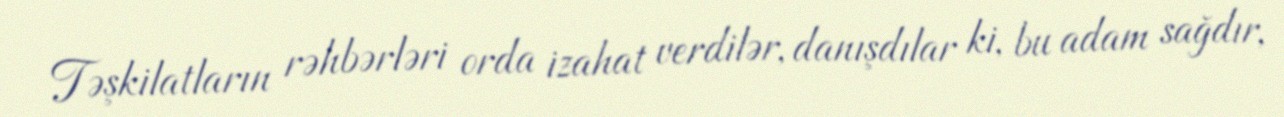
Təşkilatların rəhbərləri orda izahat verdilər, danışdılar ki, bu adam sağdır,